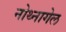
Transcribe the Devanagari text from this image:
नोथ्नागेल